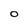
Character: O